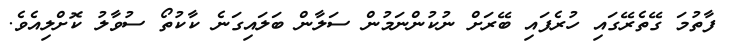
ފާތުމަ ގޭތެރޭގައި ހުރެފައި ބޭރަށް ނުކުންނަމުން ސަލާން ބަލައިގަނެ ކާކުތޯ ސުވާލު ކޮށްލިއެވެ.